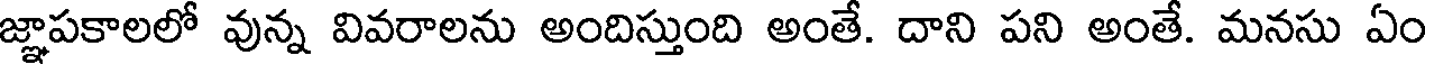
జ్ఞాపకాలలో వున్న వివరాలను అందిస్తుంది అంతే. దాని పని అంతే. మనసు ఏం